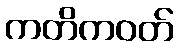
ကတိကဝတ်